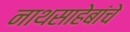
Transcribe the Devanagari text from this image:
नाथसाहेबांचे